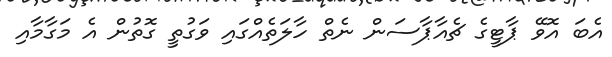
އެބަ އޮވޭ ޕާޓީގެ ޗެއާޕާސަން ނެތް ހާލަތެއްގައި ވަގުތީ ގޮތުން އެ މަގާމާއި